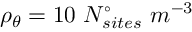
\rho _ { \theta } = 1 0 \ N _ { s i t e s } ^ { \circ } \ m ^ { - 3 }